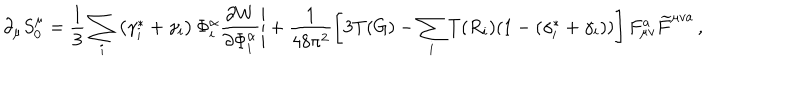
\partial _ { \mu } S _ { 0 } ^ { \mu } = \frac { 1 } { 3 } \sum _ { i } \left( \gamma _ { i } ^ { \ast } + \gamma _ { i } \right) \Phi _ { i } ^ { \alpha } \frac { \partial W } { \partial \Phi _ { i } ^ { \alpha } } \Bigg | + \frac { 1 } { 4 8 \pi ^ { 2 } } \left[ 3 T ( G ) - \sum _ { i } T ( R _ { i } ) ( 1 - ( \gamma _ { i } ^ { \ast } + \gamma _ { i } ) ) \right] F _ { \mu v } ^ { a } \widetilde { F } ^ { \mu v a } \, ,